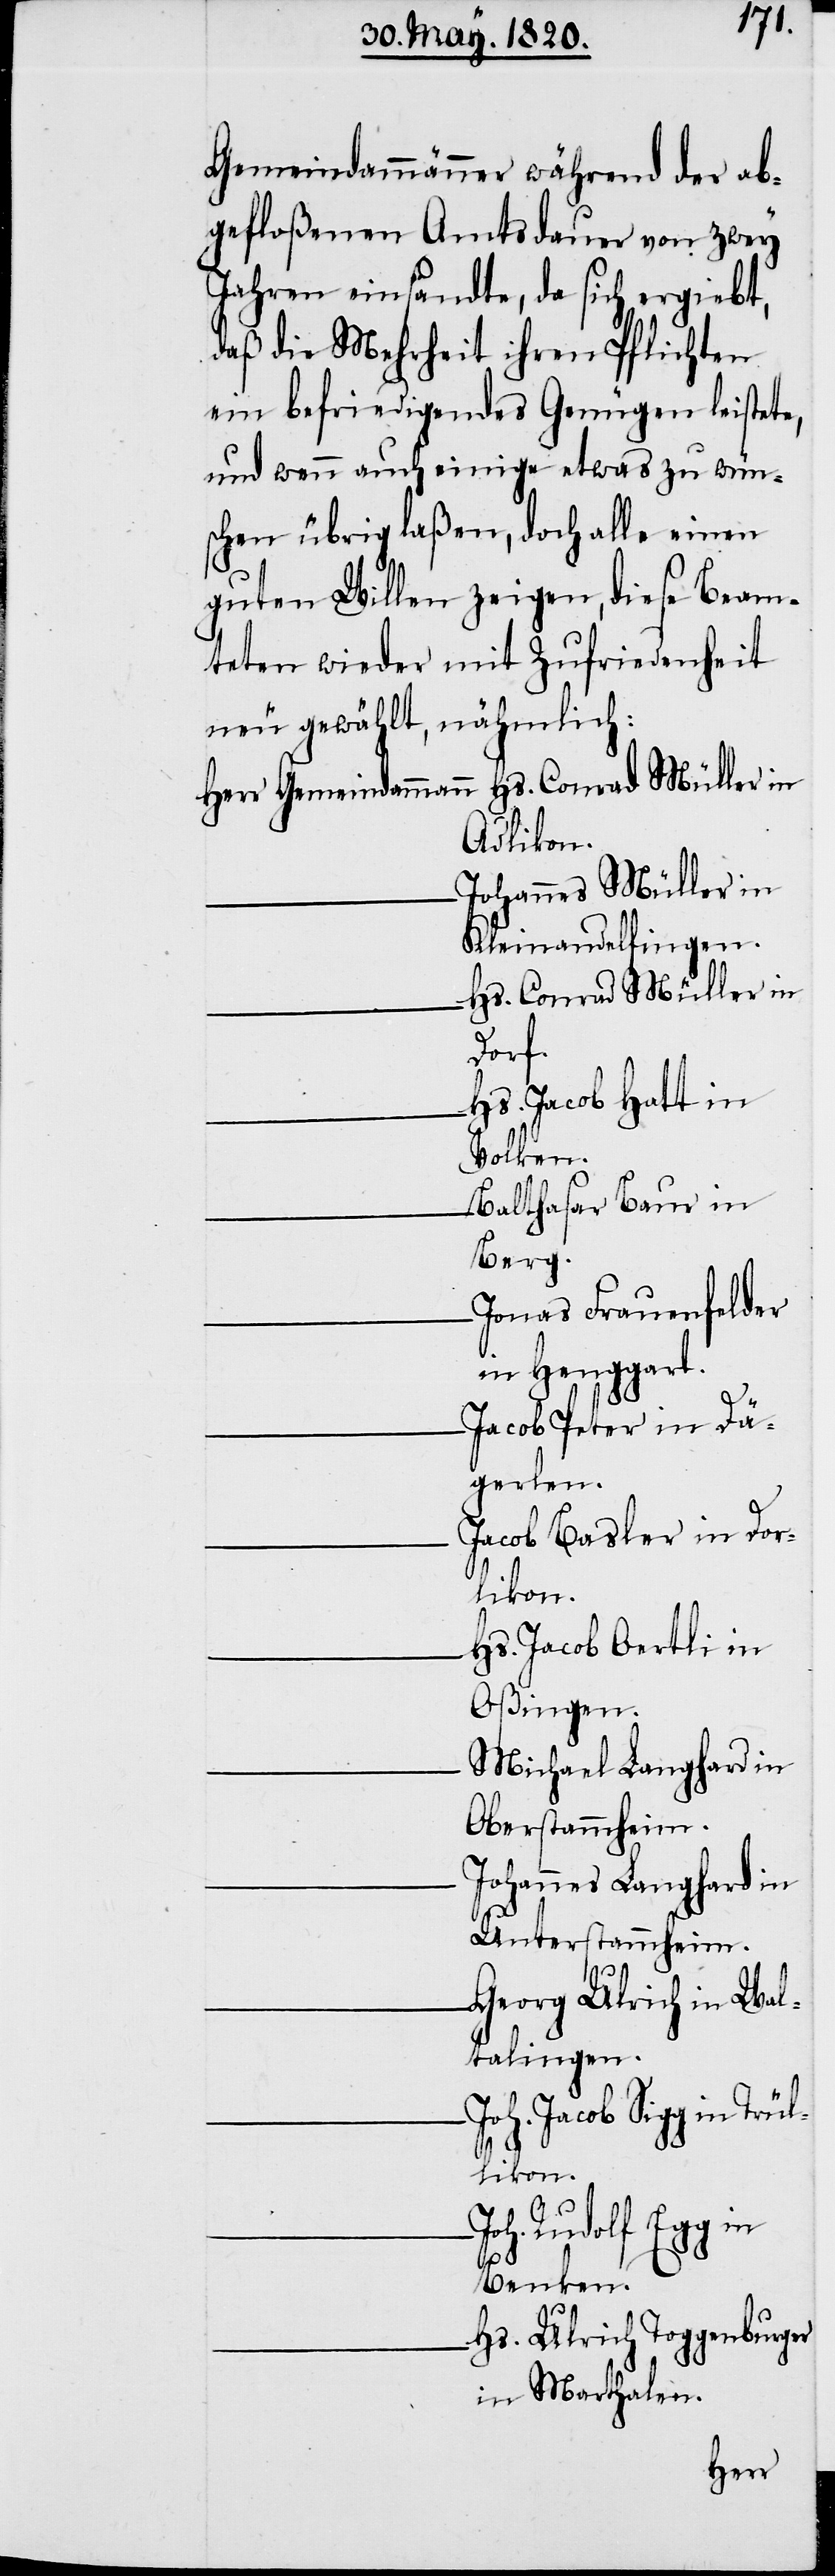
Gemeindammänner während der ab¬
gefloßenen Amtsdauer von zwey
Jahren einsandte, da sich ergiebt,
daß die Mehrheit ihren Pflichten
ein befriedigendes Genügen leistete,
und wenn auch einige etwas zu wün¬
schen übrig laßen, doch alle einen
guten Willen zeigen, diese Beam¬
teten wieder mit Zufriedenheit
neu gewählt, nähmlich:
Herr Gemeindammann	Hs. Conrad Müller in
Adlikon.
er in
Johannes Mül¬
Rheinandelfingen.
Hs. Conrad Müller in
Dorf.
Hs. Jacob Hatt in
Volken.
Balthasar Baur in
Berg.
Jonas Frauenfelder
in Henggart.
Dä¬
Jacob Pet¬
gerlen.
Jacob Basler in Dor¬
likon.
Hs. Jacob Oertli in
Oßingen.
Michael Langhard in
Oberstammheim.
Johannes Langhard in
Unterstammheim.
Georg Ulrich in Wal¬
talingen.
Joh. Jacob Sigg in Trü¬
llikon.
Rudolf Egg in
Benken.
Hs. Ulrich Toggenburger
in Marthalen.